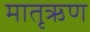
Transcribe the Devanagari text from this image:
मातृऋण